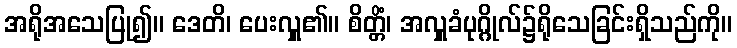
အရိုအသေပြု၍။ ဒေတိ၊ ပေးလှူ၏။ စိတ္တိံ၊ အလှူခံပုဂ္ဂိုလ်၌ရိုသေခြင်းရှိသည်ကို။